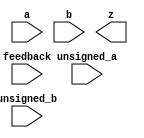
(* blackbox *)
module RS_DSP_MULT ( // TODO: Name subject to change
    input  wire [19:0] a,
    input  wire [17:0] b,
    output wire [37:0] z,

    // Port not available in architecture file
    input  wire [2:0] feedback,

    input  wire       unsigned_a,
    input  wire       unsigned_b

);

 parameter [79:0] MODE_BITS = 80'd0;



endmodule